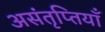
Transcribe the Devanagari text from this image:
असंतृप्तियाँ